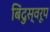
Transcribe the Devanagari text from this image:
बिंदुस्वरूप